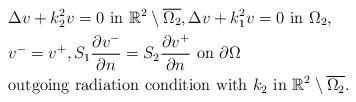
LaTeX: \begin{align*} & \Delta v+k_2^2v=0 \ \mbox{in} \ \mathbb{R}^2\setminus \overline{\Omega_2}, \Delta v+k_1^2v=0 \ \mbox{in} \ {\Omega_2} , \\ &v^{-}=v^{+}, S_1\frac{\partial v^-}{\partial n}=S_2\frac{\partial v^+}{\partial n}\ \mbox{on }\partial \Omega\\ &\mbox{outgoing radiation condition with } k_2 \mbox{ in } \mathbb{R}^2\setminus\overline{\Omega_2}. \end{align*}